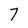
Character: 7